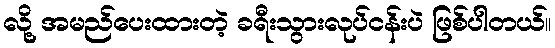
လို့ အမည်ပေးထားတဲ့ ခရီးသွားလုပ်ငန်းပဲ ဖြစ်ပါတယ်။